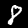
Digit: 8